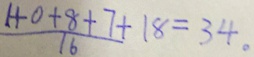
\frac { 1 + 0 + 8 + 7 } { 1 6 } + 1 8 = 3 4 .